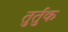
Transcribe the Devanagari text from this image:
तुर्तुक